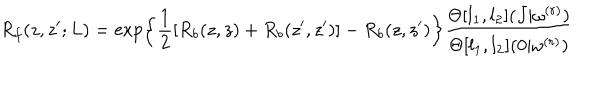
R _ { f } ( z , z ^ { \prime } ; L ) = \exp \left\{ \frac { 1 } { 2 } [ R _ { b } ( z , z ) + R _ { b } ( z ^ { \prime } , z ^ { \prime } ) ] - R _ { b } ( z , z ^ { \prime } ) \right\} \frac { \Theta [ l _ { 1 } , l _ { 2 } ] ( J | \omega ^ { ( r ) } ) } { \Theta [ l _ { 1 } , l _ { 2 } ] ( 0 | \omega ^ { ( r ) } ) }